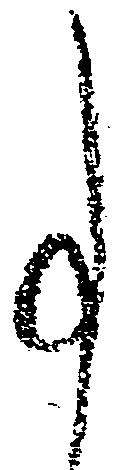
事